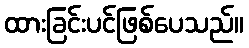
ထားခြင်းပင်ဖြစ်ပေသည်။